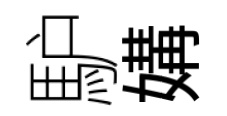
馿媾